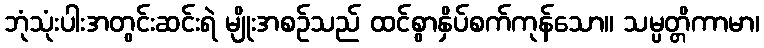
ဘုံသုံးပါးအတွင်းဆင်းရဲ မျိုးအစဉ်သည် ထင်စွာနှိပ်စက်ကုန်သော။ သမ္ပတ္တိကာမာ၊